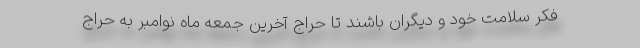
فکر سلامت خود و دیگران باشند تا حراج آخرین جمعه ماه نوامبر به حراج